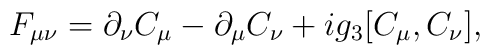
F_{\mu\nu} = \partial_\nu C_\mu - \partial_\mu C_\nu   +i g_3 [C_\mu, C_\nu],